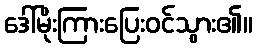
ဒေါ်မိုးကြားပြေးဝင်သွား၏။